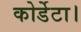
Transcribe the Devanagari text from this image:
कोर्डेटा।